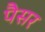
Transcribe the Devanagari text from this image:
पैसर